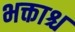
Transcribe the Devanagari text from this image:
भक्ताश्च